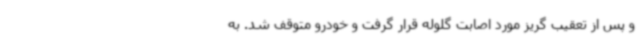
و پس از تعقیب گریز مورد اصابت گلوله قرار گرفت و خودرو متوقف شد. به